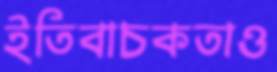
ইতিবাচকতাও